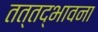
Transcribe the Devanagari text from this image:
तत्तद्भावना